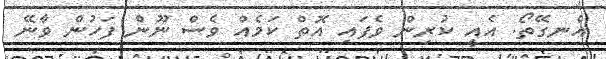
އެނގޭތޯ. އެއީ ކުރިން ވެފައި އޮތް ކަމެއް ވެސް ނޫން ފަހުން ވާނޭ